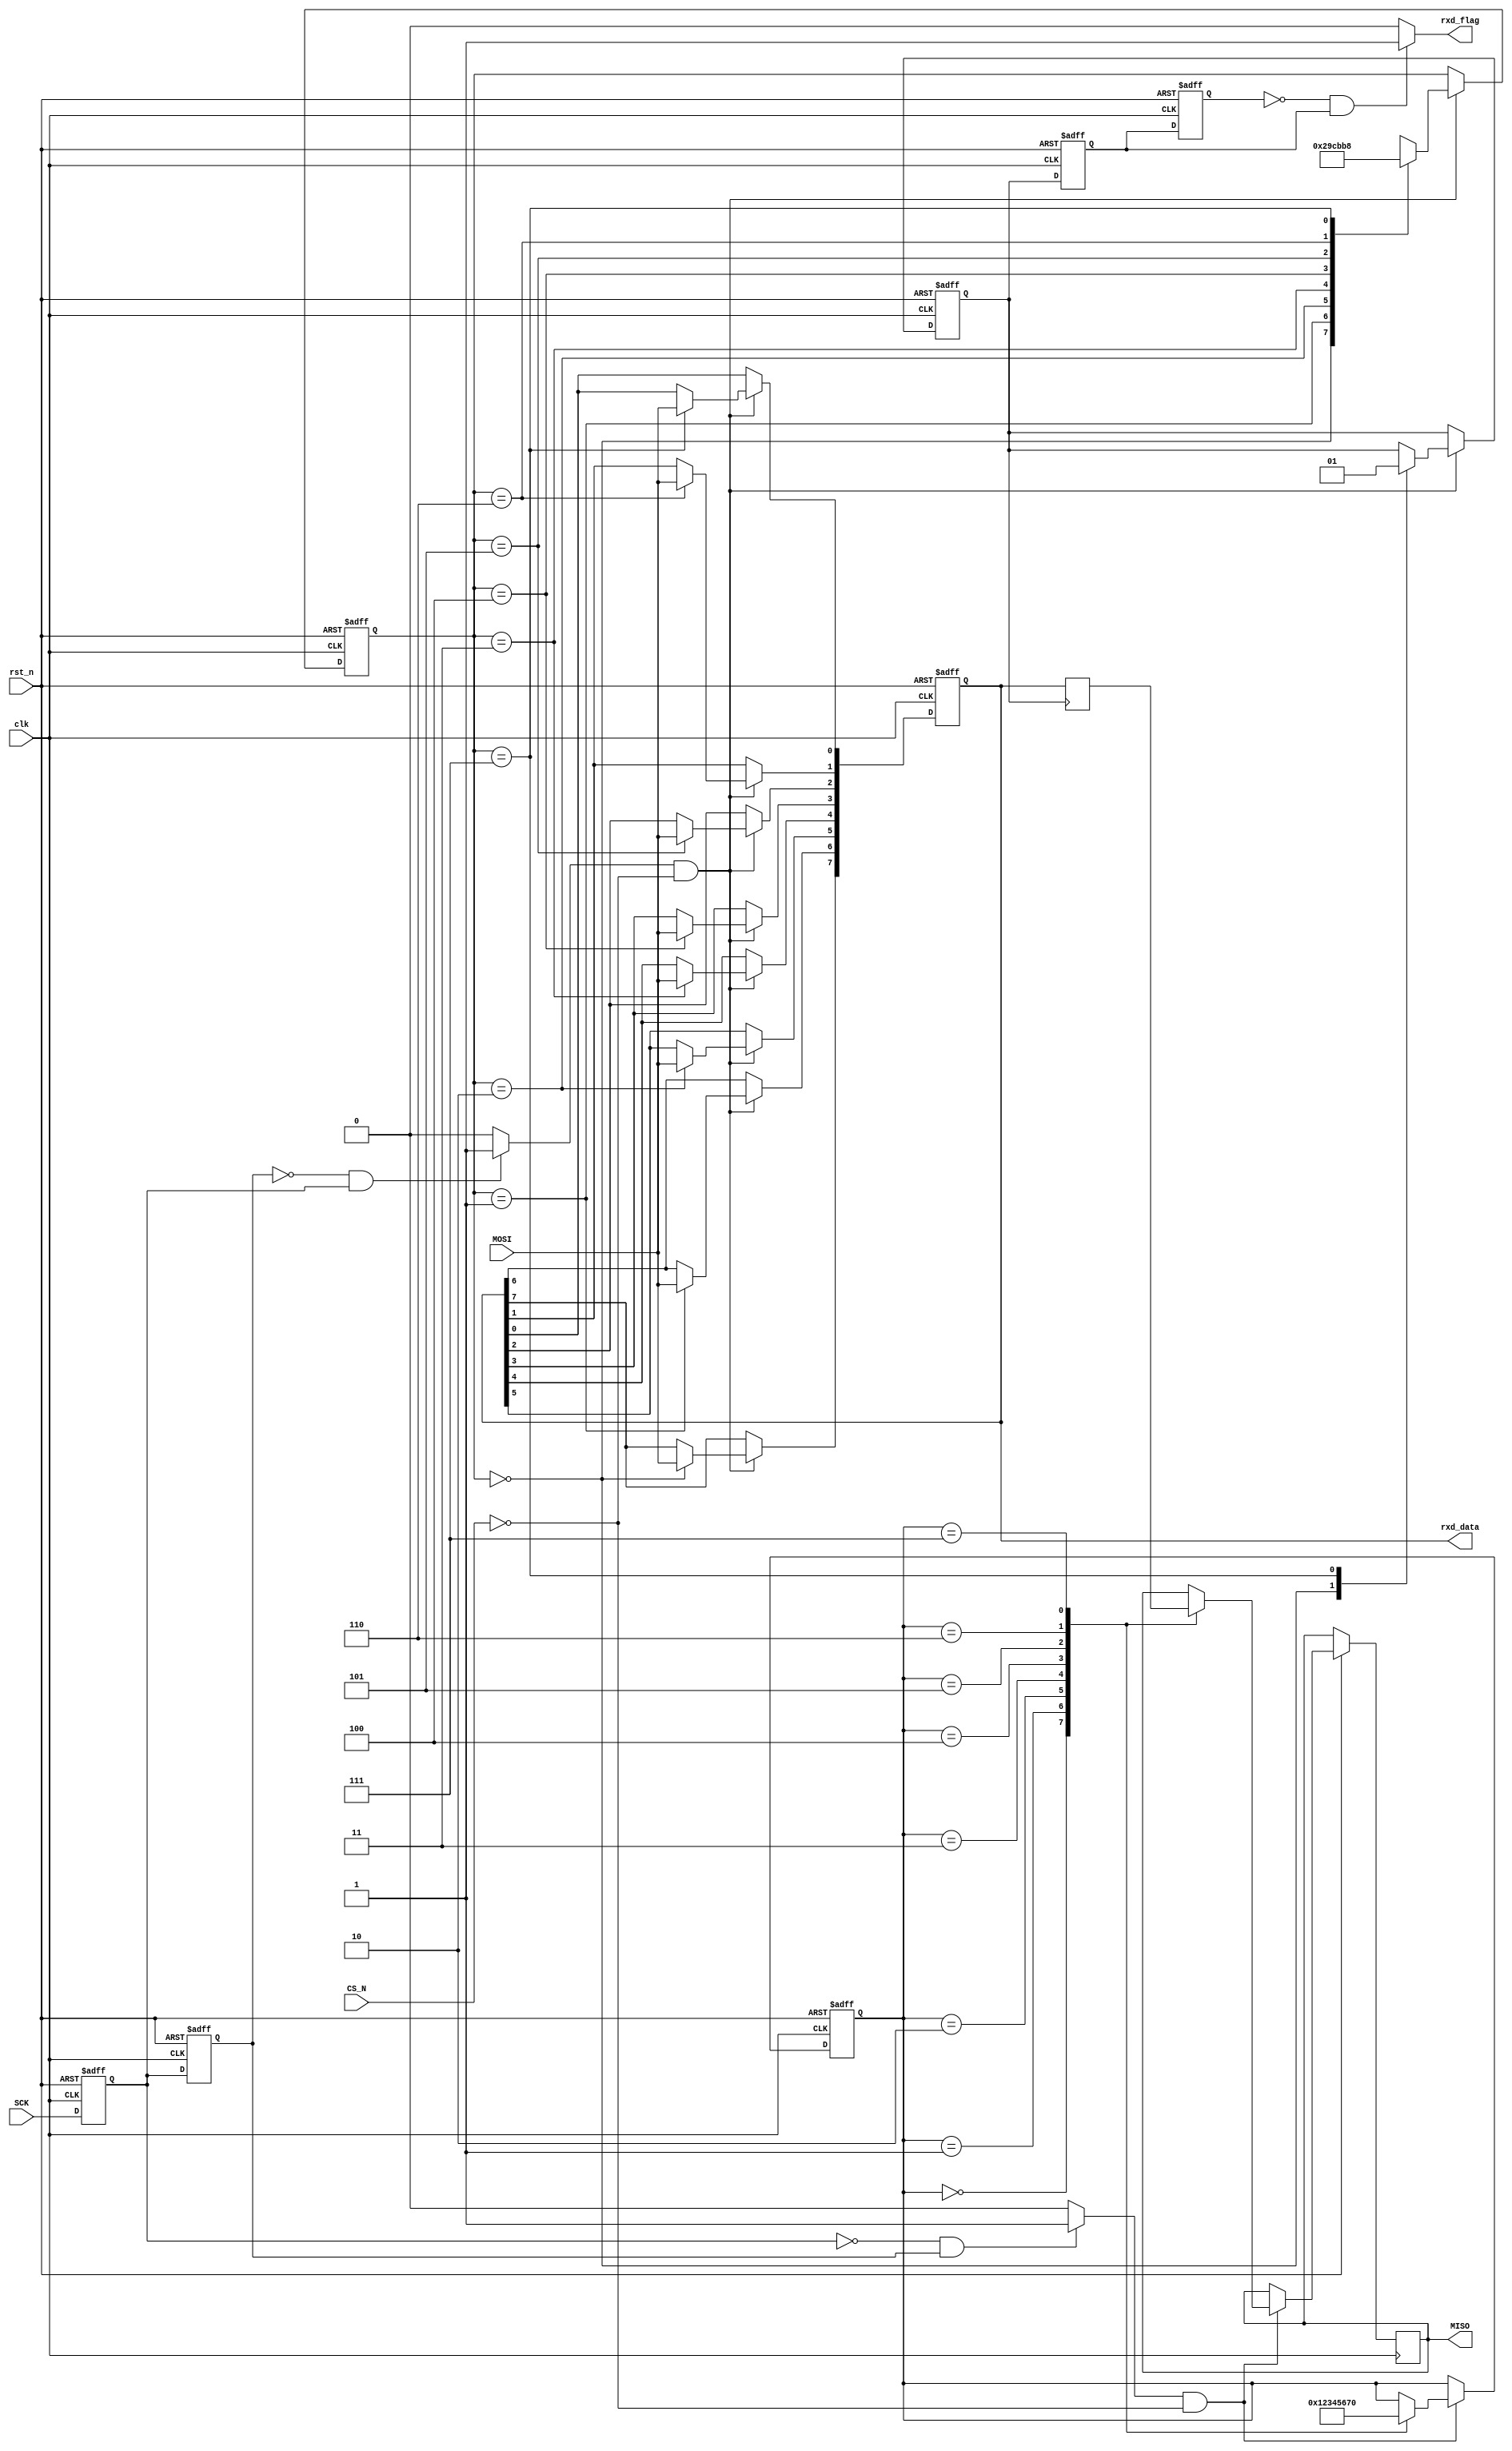
module SPI_Slave(clk,rst_n,CS_N,SCK,MOSI,MISO,rxd_data,rxd_flag);
input clk;
input rst_n;
input CS_N;
input SCK;
input MOSI;
//input[7:0] txd_data;
output reg MISO;
output reg[7:0] rxd_data;
output rxd_flag;

wire clk;

reg[7:0] send_data;

//PLL PLL_1(.inclk0(clk_50M),.c0(clk));


/*****************capure the SCK****************/
reg sck_r0,sck_r1;
wire sck_n,sck_p;
always@(posedge clk or negedge rst_n)
begin
	if(!rst_n)
		begin
			sck_r0 <= 1'b1;
			sck_r1 <= 1'b1;
		end
	else
		begin
			sck_r0 <= SCK;
			sck_r1 <= sck_r0;
		end	
end

assign sck_n = (~sck_r0 & sck_r1) ? 1'b1 : 1'b0;
assign sck_p = (~sck_r1 & sck_r0) ? 1'b1 : 1'b0;

/*****************spi_Slave read data****************/
reg rxd_flag_r;
reg [2:0] rxd_state;
reg[7:0] temp;

always@(posedge clk or negedge rst_n)
begin
	if(!rst_n)
		begin
			rxd_data <= 8'b0000_0000;
			rxd_flag_r <= 1'b0;
			rxd_state <= 3'd0;
			temp <= 8'b0000_0000;
		end
	else if(sck_p && !CS_N)
		begin
			case(rxd_state)
				3'd0:
					begin
						rxd_data[7] <= MOSI;
						rxd_flag_r <= 1'b0;
						rxd_state <= 3'd1;
					end
				3'd1:
					begin
						rxd_data[6] <= MOSI;
						rxd_state <= 3'd2;
					end
				3'd2:
					begin
						rxd_data[5] <= MOSI;
						rxd_state <= 3'd3;
					end
				3'd3:
					begin
						rxd_data[4] <= MOSI;
						rxd_state <= 3'd4;
					end
				3'd4:
					begin
						rxd_data[3] <= MOSI;
						rxd_state <= 3'd5;
					end
				3'd5:
					begin
						rxd_data[2] <= MOSI;
						rxd_state <= 3'd6;
					end
				3'd6:
					begin
						rxd_data[1] <= MOSI;
						rxd_state <= 3'd7;
					end
				3'd7:
					begin
						rxd_data[0] <= MOSI;
						//temp <= temp + 1'b1;
						//send_data <= rxd_data;  //
						//send_data[7:0] <= temp[7:0];  //
						rxd_flag_r <= 1'b1;
						rxd_state <= 3'd0;
					end
				default:;
			endcase
					
		end	
end

/*****************capure_spi_flag posedge****************/
reg rxd_flag_r0,rxd_flag_r1;
always @(posedge clk or negedge rst_n)
begin
	if(!rst_n)
		begin
			rxd_flag_r0 <= 1'b0;
			rxd_flag_r1 <= 1'b0;
		end
	else
		begin
			rxd_flag_r0 <= rxd_flag_r;
			rxd_flag_r1 <= rxd_flag_r0;
		end
end

assign rxd_flag = (~rxd_flag_r1 & rxd_flag_r0) ? 1'b1 : 1'b0;



always@(posedge rxd_flag_r)
begin
	send_data <= rxd_data;  //
end


/*****************spi_Slaver send data****************/

reg[3:0] txd_state;

always@(posedge clk or negedge rst_n)
begin
	if(!rst_n)
		begin
			txd_state <= 1'b0;
			//send_data <= 8'h01;
		end
	else if(sck_n && !CS_N)
		begin
			case(txd_state)
				4'd0:
					begin
						MISO <= send_data[7];
						txd_state <= 3'd1;
					end
				4'd1:
					begin
						MISO <= send_data[6];
						txd_state <= 3'd2;
					end
				4'd2:
					begin
						MISO <= send_data[5];
						txd_state <= 3'd3;
					end
				4'd3:
					begin
						MISO <= send_data[4];
						txd_state <= 3'd4;
					end
				4'd4:
					begin
						MISO <= send_data[3];
						txd_state <= 3'd5;
					end
				4'd5:
					begin
						MISO <= send_data[2];
						txd_state <= 3'd6;
					end
				4'd6:
					begin
						MISO <= send_data[1];
						txd_state <= 3'd7;
					end
				4'd7:
					begin
						MISO = send_data[0];
						//send_data = send_data + 1'b1;
						txd_state = 3'd0;
					end
				//4'd8:
				//	begin
				//		send_data = send_data + 1'b1;
				//		txd_state = 3'd0;
				//	end
				default:;
			endcase
		end
end

endmodule